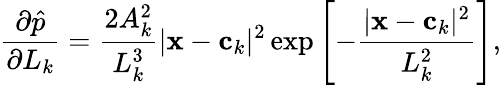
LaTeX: \frac{\partial\hat{p}}{\partial L_{k}}=\frac{2A_{k}^{2}}{L_{k}^{3}}|\mathbf x-\mathbf c_{k}|^{2}\exp\left[-\frac{|\mathbf x-\mathbf c_{k}|^{2}}{L_{k}^{2}}\right],